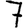
Digit: 7